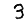
Digit: 3